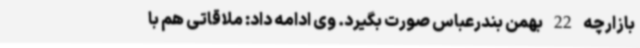
بازارچه 22 بهمن بندرعباس صورت بگیرد. وی ادامه داد: ملاقاتی هم با